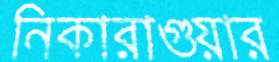
নিকারাগুয়ার